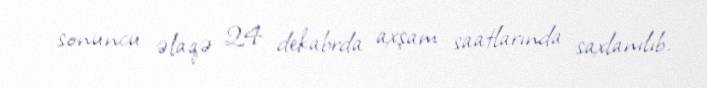
sonuncu əlaqə 24 dekabrda axşam saatlarında saxlanılıb.